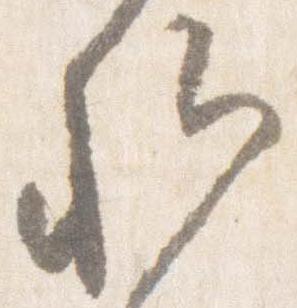
卿